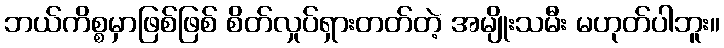
ဘယ်ကိစ္စမှာဖြစ်ဖြစ် စိတ်လှုပ်ရှားတတ်တဲ့ အမျိုးသမီး မဟုတ်ပါဘူး။